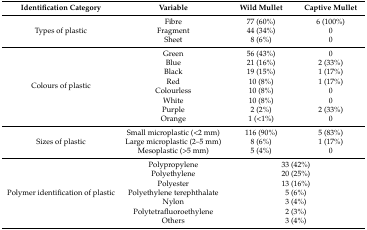
<table><thead><tr><td><b>Identification Category</b></td><td><b>Variable</b></td><td><b>Wild Mullet</b></td><td><b>Captive Mullet</b></td></tr></thead><tbody><tr><td rowspan="3">Types of plastic</td><td>Fibre</td><td>77 (60%)</td><td>6 (100%)</td></tr><tr><td>Fragment</td><td>44 (34%)</td><td>0</td></tr><tr><td>Sheet</td><td>8 (6%)</td><td>0</td></tr><tr><td rowspan="8">Colours of plastic</td><td>Green</td><td>56 (43%)</td><td>0</td></tr><tr><td>Blue</td><td>21 (16%)</td><td>2 (33%)</td></tr><tr><td>Black</td><td>19 (15%)</td><td>1 (17%)</td></tr><tr><td>Red</td><td>10 (8%)</td><td>1 (17%)</td></tr><tr><td>Colourless</td><td>10 (8%)</td><td>0</td></tr><tr><td>White</td><td>10 (8%)</td><td>0</td></tr><tr><td>Purple</td><td>2 (2%)</td><td>2 (33%)</td></tr><tr><td>Orange</td><td>1 (&lt;1%)</td><td>0</td></tr><tr><td rowspan="3">Sizes of plastic</td><td>Small microplastic (&lt;2 mm)</td><td>116 (90%)</td><td>5 (83%)</td></tr><tr><td>Large microplastic (2–5 mm)</td><td>8 (6%)</td><td>1 (17%)</td></tr><tr><td>Mesoplastic (&gt;5 mm)</td><td>5 (4%)</td><td>0</td></tr><tr><td rowspan="7">Polymer identification of plastic</td><td>Polypropylene</td><td colspan="2">33 (42%)</td></tr><tr><td>Polyethylene</td><td colspan="2">20 (25%)</td></tr><tr><td>Polyester</td><td colspan="2">13 (16%)</td></tr><tr><td>Polyethylene terephthalate</td><td colspan="2">5 (6%)</td></tr><tr><td>Nylon</td><td colspan="2">3 (4%)</td></tr><tr><td>Polytetrafluoroethylene</td><td colspan="2">2 (3%)</td></tr><tr><td>Others</td><td colspan="2">3 (4%)</td></tr></tbody></table>